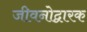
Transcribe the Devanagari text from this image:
जीवनोद्वारक